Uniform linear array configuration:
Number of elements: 4
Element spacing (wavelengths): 0.25
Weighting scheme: cosine
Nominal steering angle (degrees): -15
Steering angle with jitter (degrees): -14.303
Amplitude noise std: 0.05
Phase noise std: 0.05

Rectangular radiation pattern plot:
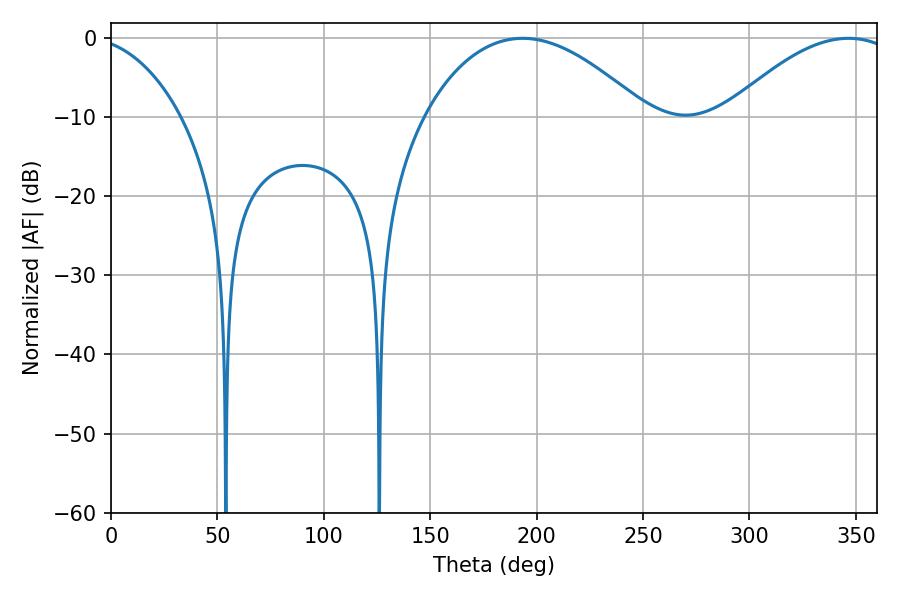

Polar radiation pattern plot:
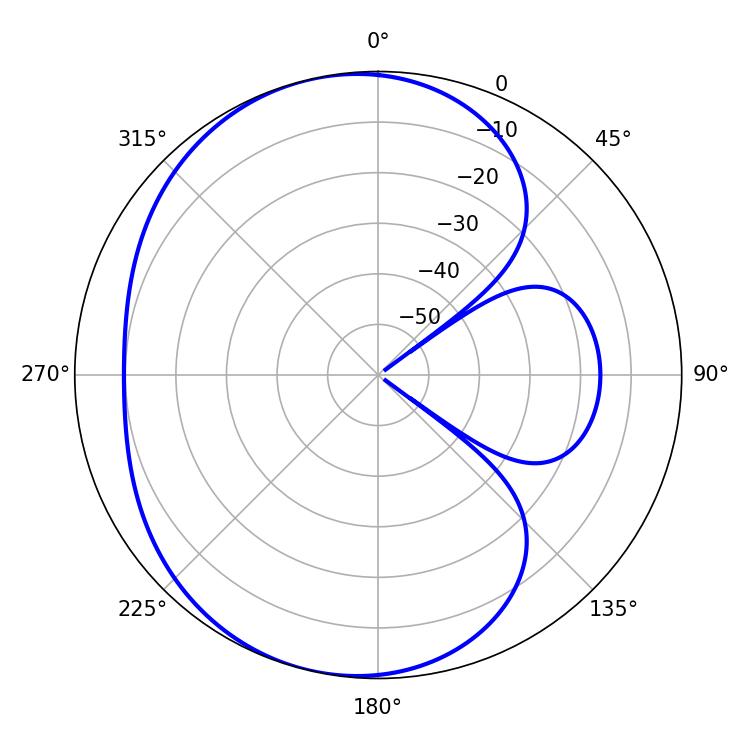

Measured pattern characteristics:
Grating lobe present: FALSE
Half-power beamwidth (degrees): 57.78
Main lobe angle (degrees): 193.32